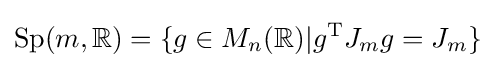
\mathrm {Sp} (m,\mathbb {R} )=\{g\in M_{n}(\mathbb {R} )|g^{\mathrm {T} }J_{m}g=J_{m}\}